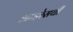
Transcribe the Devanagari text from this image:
आइरेसची